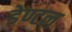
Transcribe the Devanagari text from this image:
डेण्टल